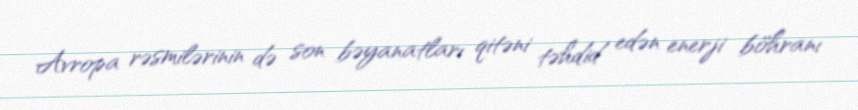
Avropa rəsmilərinin də son bəyanatları qitəni təhdid edən enerji böhranı